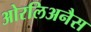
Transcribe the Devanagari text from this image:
ओरलिअनैस